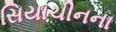
સિયાચીનના